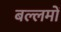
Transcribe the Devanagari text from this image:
बल्लमों